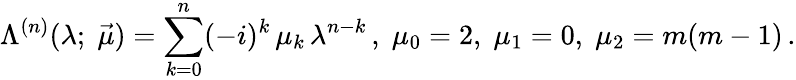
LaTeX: \Lambda^{(n)}(\lambda;\; \vec{\mu})=\sum_{k=0}^{n}(-i)^{k}\, \mu_{k}\, \lambda^{n-k}\, ,\; \mu_{0}=2,\; \mu_{1}=0,\; \mu_{2}=m(m-1)\, .